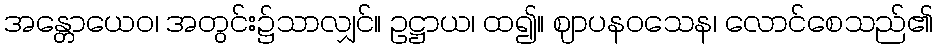
အန္တောယေဝ၊ အတွင်း၌သာလျှင်။ ဥဋ္ဌာယ၊ ထ၍။ ဈာပနဝသေန၊ လောင်စေသည်၏